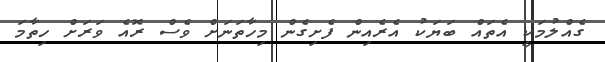
ގެއްލުމަކީ އެތައް ބަޔަކު އެރެއިން ފެށިގެން މިހާތަނަށް ވެސް ރޮއެ ވަރަށް ހިތާމަ